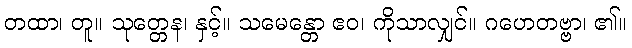
တထာ၊ တူ။ သုတ္တေန၊ နှင့်။ သမေန္တော ဧဝ၊ ကိုသာလျှင်။ ဂဟေတဗ္ဗာ၊ ၏။